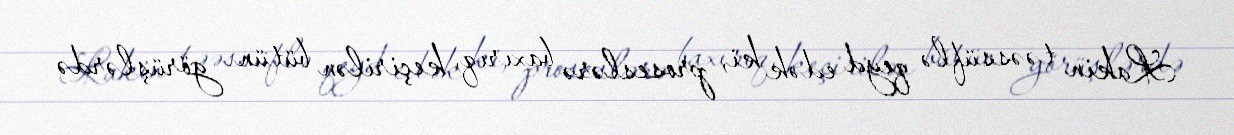
Lakin təəssüflə qeyd edək ki, proseslərə baxırıq, keçirilən bütün görüşlərdə